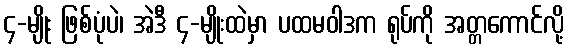
၄-မျိုး ဖြစ်ပုံပဲ၊ အဲဒီ ၄-မျိုးထဲမှာ ပထမဝါဒက ရုပ်ကို အတ္တကောင်လို့